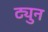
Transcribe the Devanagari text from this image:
ट्युन